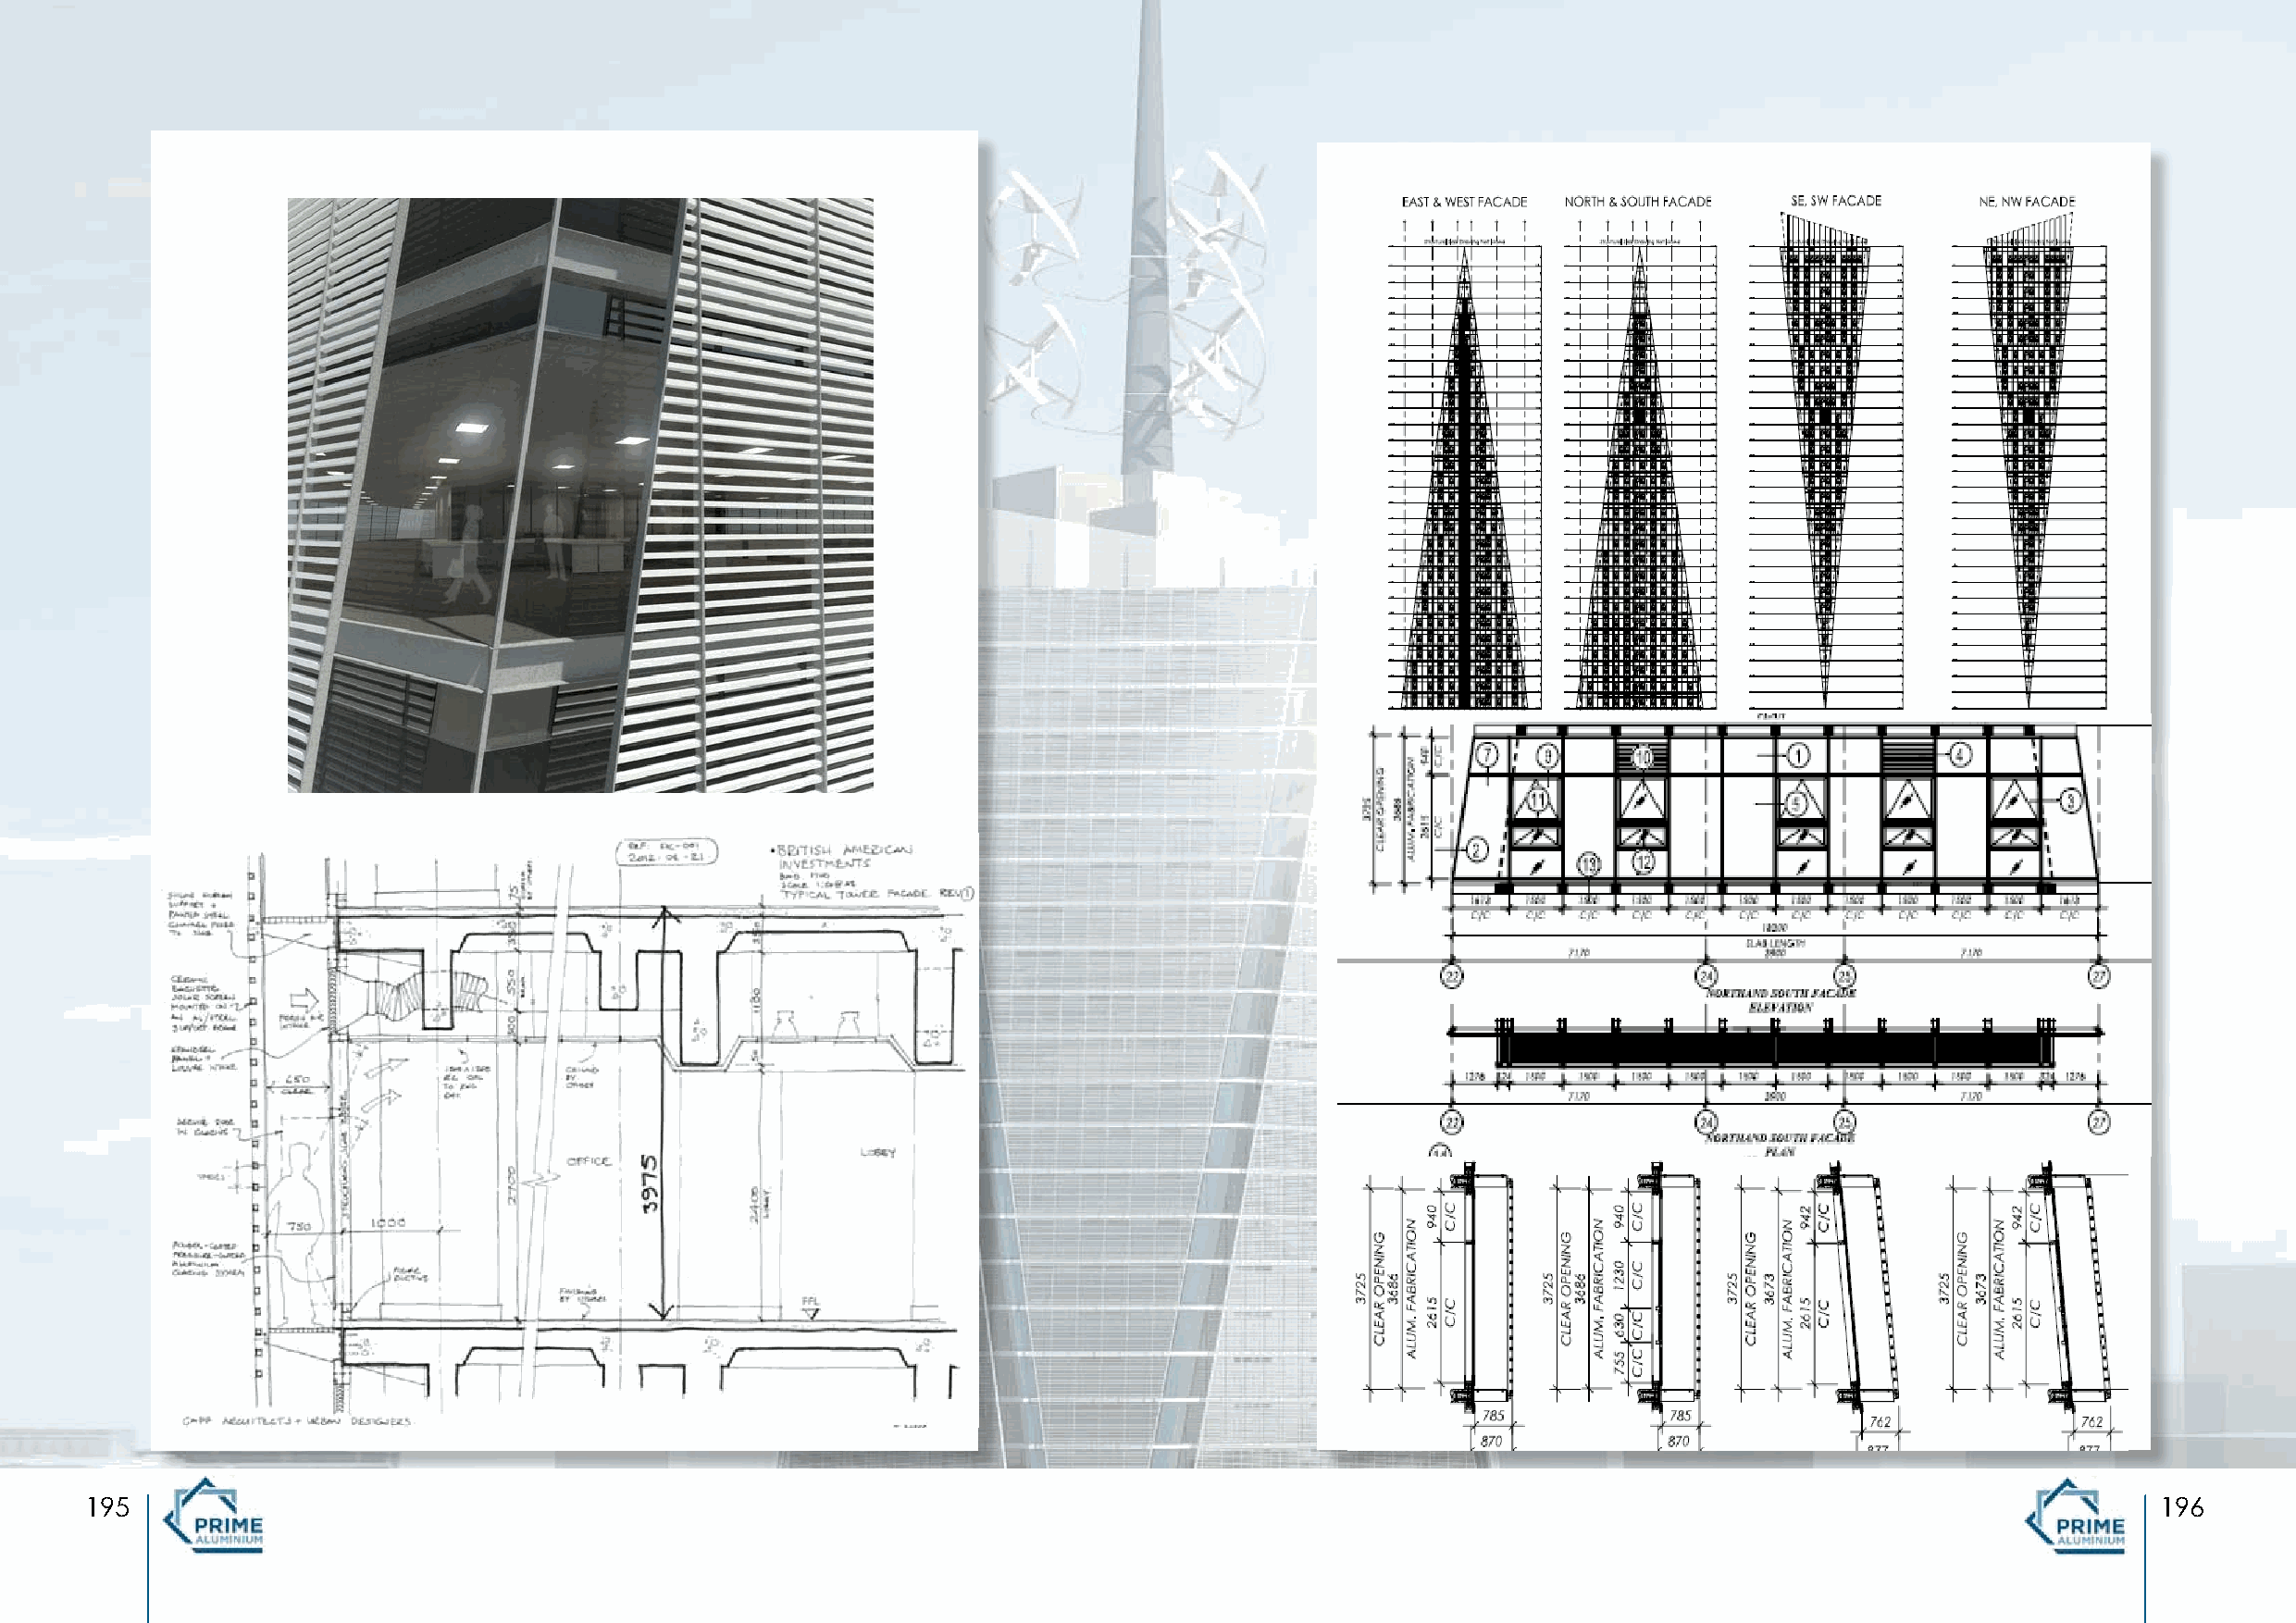
195                                                                                                                                                 196